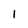
Character: 1